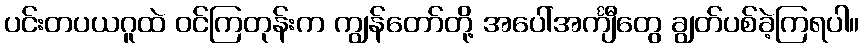
ပင်းတပယဂူထဲ ဝင်ကြတုန်းက ကျွန်တော်တို့ အပေါ်အင်္ကျီတွေ ချွတ်ပစ်ခဲ့ကြရပါ။